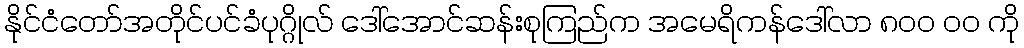
နိုင်ငံတော်အတိုင်ပင်ခံပုဂ္ဂိုလ် ဒေါ်အောင်ဆန်းစုကြည်က အမေရိကန်ဒေါ်လာ ၈၀၀ ၀၀ ကို